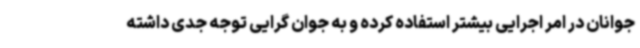
جوانان در امر اجرایی بیشتر استفاده کرده و به جوان گرایی توجه جدی داشته